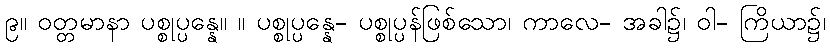
၉။ ဝတ္တမာနာ ပစ္စုပ္ပန္နေ။ ။ ပစ္စုပ္ပန္နေ- ပစ္စုပ္ပန်ဖြစ်သော၊ ကာလေ- အခါ၌၊ ဝါ- ကြိယာ၌၊